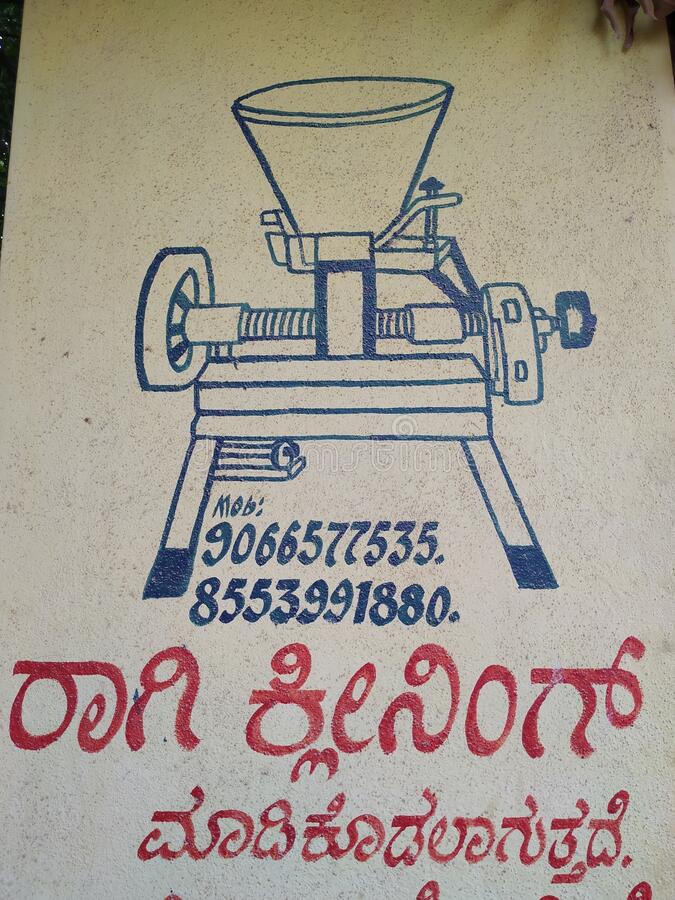
Language: kannada
Transcription: ಕ್ಲೀನಿಂಗ್ ಮಾಡಿ ಕೊಡಲಾಗುತ್ತದೆ ರಾಗಿ